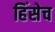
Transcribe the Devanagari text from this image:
हिंसेच